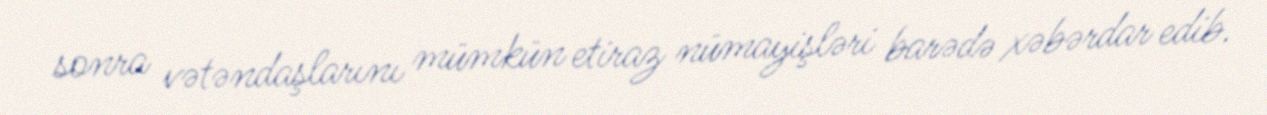
sonra vətəndaşlarını mümkün etiraz nümayişləri barədə xəbərdar edib.